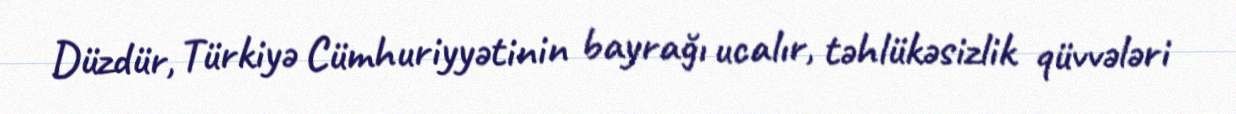
Düzdür, Türkiyə Cümhuriyyətinin bayrağı ucalır, təhlükəsizlik qüvvələri